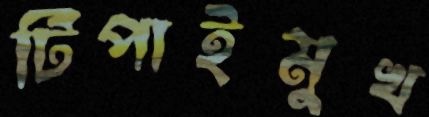
টিপাইমুখ